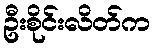
ဦးစိုင်းလိတ်က